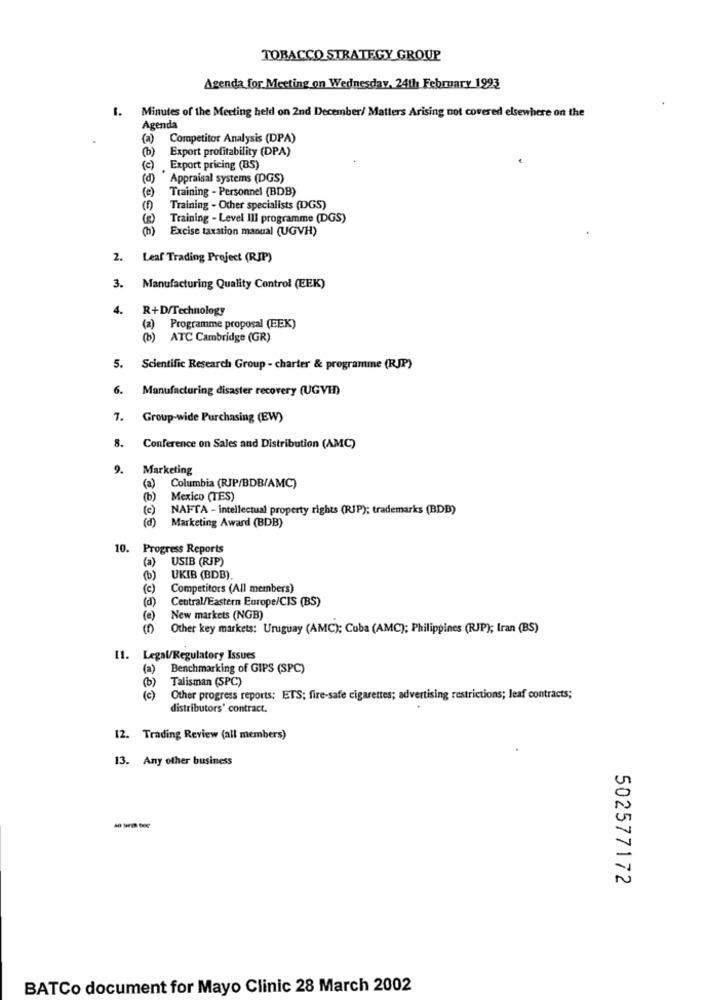
TOBACCO STRATEGY GROUP
Agenda for Meeting on Wednesday, 24th February 1993
1. Minutes of the Meeting held on 2nd December/ Matters Arising not covered elsewhere on the
Agenda
(a)
Competitor Analysis (DPA)
(6)
Export profitability (DPA)
(c)
Export pricing (B5)
(d)
Appraisal systems (DGS)
( e )
Training - Personnel (BDB)
Training - Other specialists (DGS)
Training - Level III programme (DGS)
Excise taxation manual (UGVH)
2. Leaf Trading Project (RIP)
3.
Manufacturing Quality Control (EEK)
4.
R+D/Technology
(a) Programme proposal (EEK)
(b) ATC Cambridge (GR)
5. Scientific Research Group - charter & programme (RJP)
6.
Manufacturing disaster recovery (UGVI)
7.
Group-wide Purchasing (EW)
8.
Conference on Sales and Distribution (AMC)
9.
Marketing
(a) Columbia (RJP/BDB/AMC)
(b)
Mexico (TES)
(c)
NAFTA - intellectual property rights (RJP); trademarks (BDB)
Marketing Award (BDB)
(d)
10. Progress Reports
USIB (RJP)
(a)
(6)
UKIB (BDB).
(c)
Competitors (All members)
( 0 )
Central/Eastern Europe/CIS (BS)
(e)
New markets (NGB)
Other key markets: Uruguay (AMC); Cuba (AMC); Philippines (RJP); Iran (BS)
11. Legal/Regulatory Issues
) Benchmarking of GIPS (SPC)
(0)
Talisman (SPC)
(c) Other progress reports: ETS; fire-safe cigarettes; advertising restrictions; leaf contracts;
distributors' contract.
12. Trading Review (all members)
13. Any other business
502577172
BATCo document for Mayo Clinic 28 March 2002